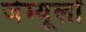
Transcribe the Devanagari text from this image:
जेम्यूलों